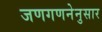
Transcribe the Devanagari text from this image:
जणगणनेनुसार